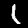
Digit: 1